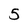
Character: 5